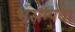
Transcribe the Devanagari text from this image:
भूसम्पदा